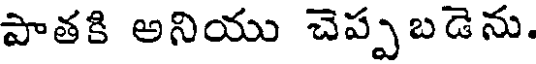
పాతకి అనియు చెప్పబడెను.